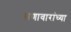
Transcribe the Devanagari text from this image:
सणावारांच्या